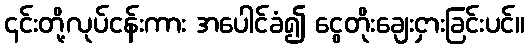
၎င်းတို့လုပ်ငန်းကား အပေါင်ခံ၍ ငွေတိုးချေးငှားခြင်းပင်။